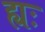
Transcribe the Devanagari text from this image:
ह्यः